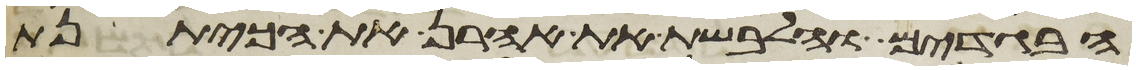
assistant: הבגדים והלבשת את אהרן את הכיתנת